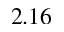
2 . 1 6